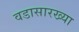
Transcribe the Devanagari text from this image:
वडासारख्या